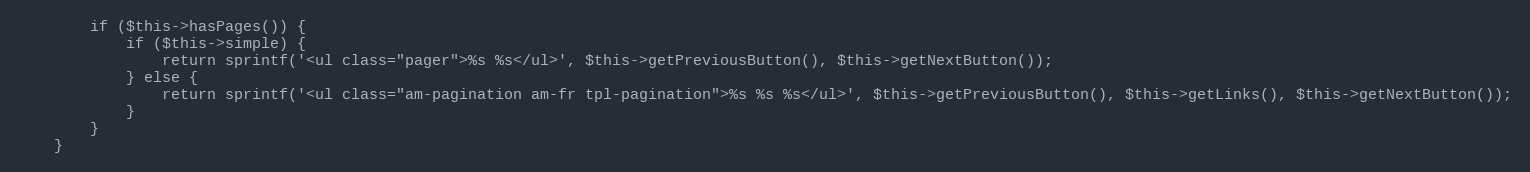
Language: PHP
        if ($this->hasPages()) {
            if ($this->simple) {
                return sprintf('<ul class="pager">%s %s</ul>', $this->getPreviousButton(), $this->getNextButton());
            } else {
                return sprintf('<ul class="am-pagination am-fr tpl-pagination">%s %s %s</ul>', $this->getPreviousButton(), $this->getLinks(), $this->getNextButton());
            }
        }
    }